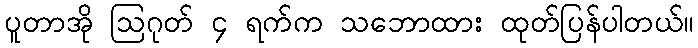
ပူတာအို ဩဂုတ် ၄ ရက်က သဘောထား ထုတ်ပြန်ပါတယ်။